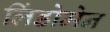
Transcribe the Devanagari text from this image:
लिंडोमेन